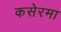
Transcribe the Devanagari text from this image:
कसेरमा